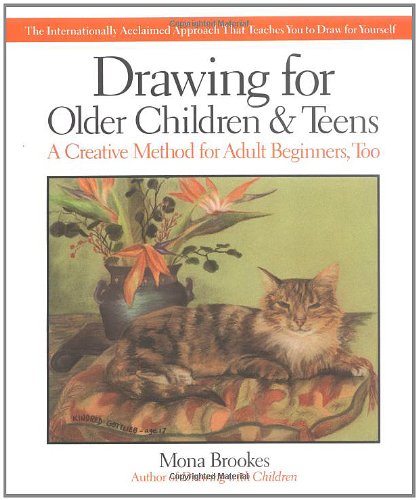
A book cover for Drawing for Older Children & Teens; Mona Brookes; Arts & Photography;